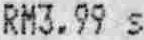
RM3.99 S